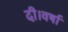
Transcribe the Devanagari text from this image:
दी।वर्षा